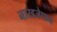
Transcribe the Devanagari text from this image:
नारडजेपाम